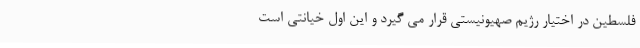
فلسطین در اختیار رژیم صهیونیستی قرار می گیرد و این اول خیانتی است